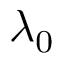
\lambda _ { 0 }